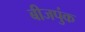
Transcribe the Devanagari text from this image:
बीजपुंक